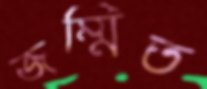
জম্মিত